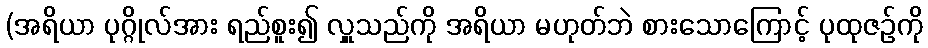
(အရိယာ ပုဂ္ဂိုလ်အား ရည်စူး၍ လှူသည်ကို အရိယာ မဟုတ်ဘဲ စားသောကြောင့် ပုထုဇဉ်ကို